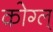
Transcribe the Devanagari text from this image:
कोग्ल्